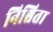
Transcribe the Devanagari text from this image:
निश्चिता